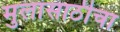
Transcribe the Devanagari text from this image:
मुलांसाठीचा